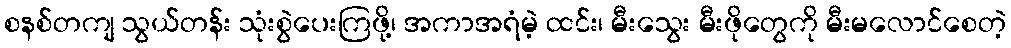
စနစ်တကျ သွယ်တန်း သုံးစွဲပေးကြဖို့၊ အကာအရံမဲ့ ထင်း၊ မီးသွေး မီးဖိုတွေကို မီးမလောင်စေတဲ့